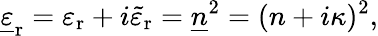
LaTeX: {\underline{{\varepsilon}}}_{\mathrm{r}}=\varepsilon_{\mathrm{r}}+i{\tilde{\varepsilon}}_{\mathrm{r}}={\underline{{n}}}^{2}=(n+i\kappa)^{2},